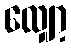
လျှော့